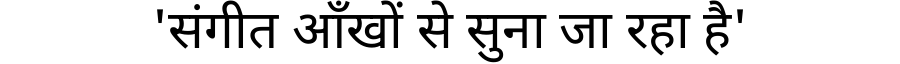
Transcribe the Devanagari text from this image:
'संगीत आँखों से सुना जा रहा है'